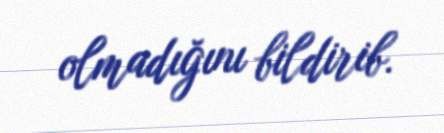
olmadığını bildirib.